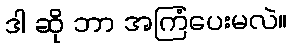
ဒါ ဆို ဘာ အကြံပေးမလဲ။